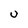
Character: U